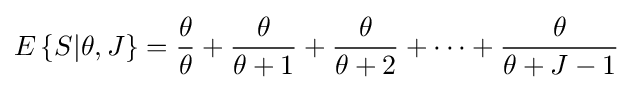
E\left\{S|\theta ,J\right\}={\frac {\theta }{\theta }}+{\frac {\theta }{\theta +1}}+{\frac {\theta }{\theta +2}}+\cdots +{\frac {\theta }{\theta +J-1}}